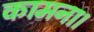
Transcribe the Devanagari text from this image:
कामना।